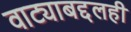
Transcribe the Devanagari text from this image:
वाट्याबद्दलही